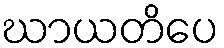
ဃာယတိပေ